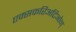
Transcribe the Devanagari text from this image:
एक्सकरिअटिओन्